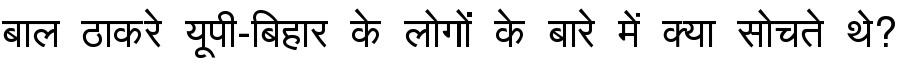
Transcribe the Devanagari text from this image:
बाल ठाकरे यूपी-बिहार के लोगों के बारे में क्या सोचते थे?